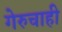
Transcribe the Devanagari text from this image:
गेरुचाही